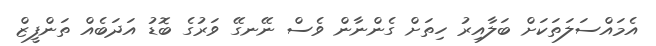
އެމައްސަލަތަކަށް ބަލާއިރު ހިތަށް ގެންނާން ވެސް ނޭނގޭ ވަރުގެ ބޮޑު އަދަބެއް ތަންފީޒް